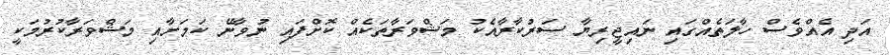
އަދި އެއްވެސް ހާލަތެއްގައި ނައިޖީރިޔާ ސަރުކާރާއެކު މަޝްވަރާތަކެއް ކޮށްފައި ނުވާނޭ ކަމަށާއި މަޝްވަރާކުރުމަކީ